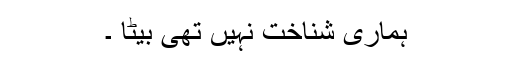
ہماری شناخت نہیں تھی بیٹا ۔